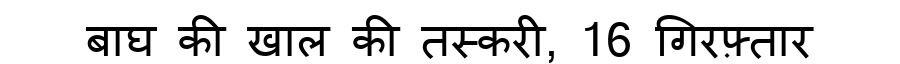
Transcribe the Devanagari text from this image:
बाघ की खाल की तस्करी, 16 गिरफ़्तार